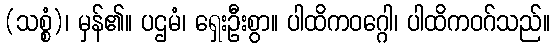
(သစ္စံ)၊ မှန်၏။ ပဌမံ၊ ရှေးဦးစွာ။ ပါထိကဝဂ္ဂေါ၊ ပါထိကဝဂ်သည်။